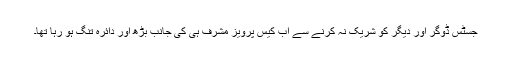
جسٹس ڈوگر اور دیگر کو شریک نہ کرنے سے اب کیس پرویز مشرف ہی کی جانب بڑھ اور دائرہ تنگ ہو رہا تھا۔